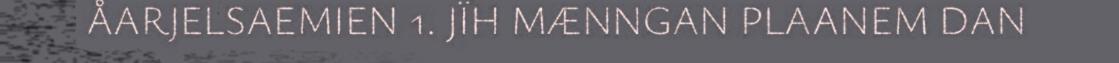
ÅARJELSAEMIEN 1. JÏH MÆNNGAN PLAANEM DAN